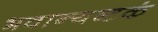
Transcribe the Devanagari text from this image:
भवान्यष्टकं